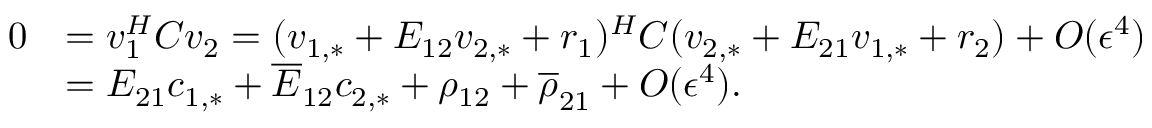
\begin{array} { r l } { 0 } & { = v _ { 1 } ^ { H } C v _ { 2 } = ( v _ { 1 , * } + E _ { 1 2 } v _ { 2 , * } + r _ { 1 } ) ^ { H } C ( v _ { 2 , * } + E _ { 2 1 } v _ { 1 , * } + r _ { 2 } ) + O ( \epsilon ^ { 4 } ) } \\ & { = E _ { 2 1 } c _ { 1 , * } + \overline { { E } } _ { 1 2 } c _ { 2 , * } + \rho _ { 1 2 } + \overline { { \rho } } _ { 2 1 } + O ( \epsilon ^ { 4 } ) . } \end{array}